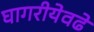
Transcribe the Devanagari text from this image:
घागरीयेवढे